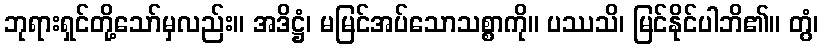
ဘုရားရှင်တို့သော်မှလည်း။ အဒိဋ္ဌံ၊ မမြင်အပ်သောသစ္စာကို။ ပဿသိ၊ မြင်နိုင်ပါဘိ၏။ တွံ၊